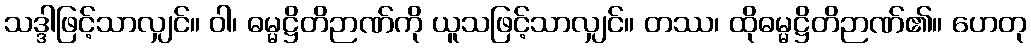
သဒ္ဒါဖြင့်သာလျှင်။ ဝါ၊ ဓမ္မဋ္ဌိတိဉာဏ်ကို ယူသဖြင့်သာလျှင်။ တဿ၊ ထိုဓမ္မဋ္ဌိတိဉာဏ်၏။ ဟေတု